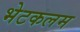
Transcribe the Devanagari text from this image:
भेटकलम